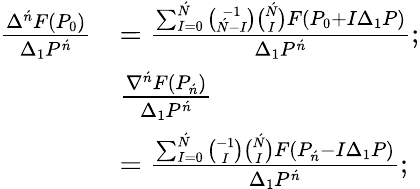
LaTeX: {\begin{array}{rl}{{\frac{\Delta^{\acute{n}}F(P_{0})}{\Delta_{1}P^{\acute{n}}}}}&{={\frac{\sum_{I=0}^{\acute{N}}{\binom{-1}{{\acute{N}}-I}}{\binom{\acute{N}}{I}}F(P_{0}+I\Delta_{1}P)}{\Delta_{1}P^{\acute{n}}}};}\\ &{{\frac{\nabla^{\acute{n}}F(P_{\acute{n}})}{\Delta_{1}P^{\acute{n}}}}}\\ &{={\frac{\sum_{I=0}^{\acute{N}}{\binom{-1}{I}}{\binom{\acute{N}}{I}}F(P_{\acute{n}}-I\Delta_{1}P)}{\Delta_{1}P^{\acute{n}}}};}\end{array}}